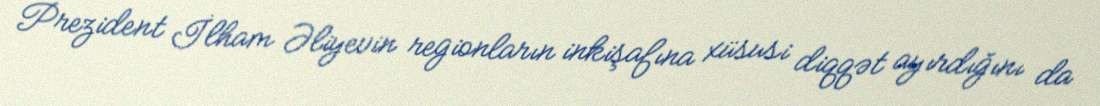
Prezident İlham Əliyevin regionların inkişafına xüsusi diqqət ayırdığını da